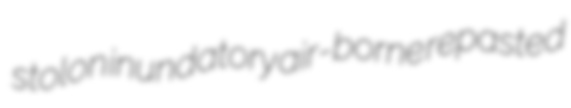
stolon inundatory air-borne repasted